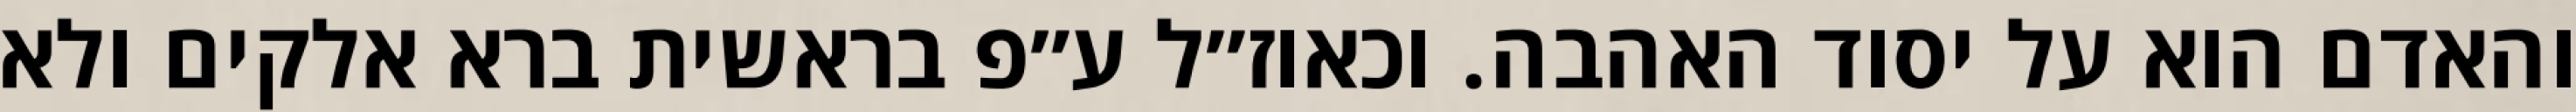
והאדם הוא על יסוד האהבה. וכאוז״ל ע״פ בראשית ברא אלקים ולא